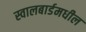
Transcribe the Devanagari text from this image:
स्वालबार्डमधील